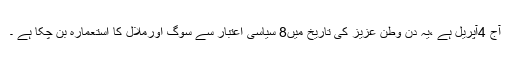
آج 4آپریل ہے ،یہ دن وطن عزیز کی تاریخ میں8 سیاسی اعتبار سے سوگ اورملال کا استعمارہ بن چکا ہے ۔